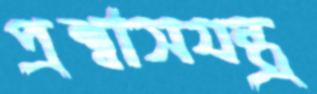
প্রশ্বাসযন্ত্র